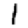
Digit: 1